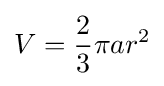
V={\frac {2}{3}}\pi ar^{2}